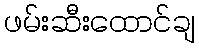
ဖမ်းဆီးထောင်ချ